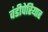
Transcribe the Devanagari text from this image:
वंडीपेरियार